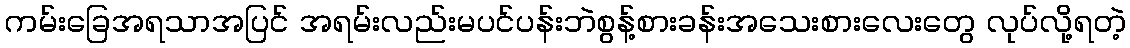
ကမ်းခြေအရသာအပြင် အရမ်းလည်းမပင်ပန်းဘဲစွန့်စားခန်းအသေးစားလေးတွေ လုပ်လို့ရတဲ့